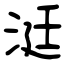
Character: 涏